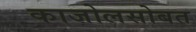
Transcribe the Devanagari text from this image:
काजोलसोबत